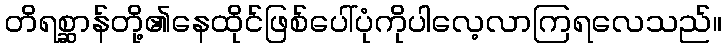
တိရစ္ဆာန်တို့၏နေထိုင်ဖြစ်ပေါ်ပုံကိုပါလေ့လာကြရလေသည်။